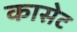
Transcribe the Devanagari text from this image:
कासेट